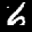
Label: 6